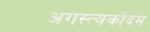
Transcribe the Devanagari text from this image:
अगस्त्यर्कोदम